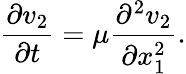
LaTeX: \frac{\partial v_{2}}{\partial t}=\mu\frac{\partial^{2}v_{2}}{\partial{x}_{1}^{2}}.